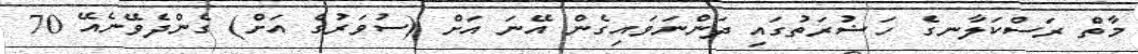
މާތް ރަސްކަލާނގެ ހަޟުރަތުގައި ދަންނަވައިގެން އޭނަ އަށް (ސުވަރުގެ އަށް) ގެންދެވޭނެއޭ 70